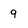
Character: 9